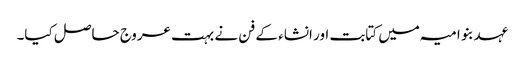
عہد بنو امیہ میں کتابت اور انشاء کے فن نے بہت عروج حاصل کیا۔